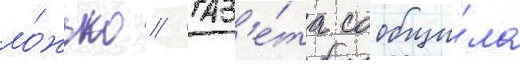
ло́жью // Газ'е́та сообщи́ла